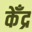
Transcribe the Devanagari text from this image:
केँद्र